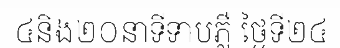
៤និង២០នាទីទាបភ្លឺ ថ្ងៃទី២៤